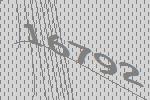
16792